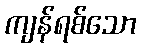
ကျန်ရစ်သော